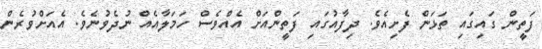
ފަތީން ގައިގައި ތަޅަން ފެށިއެވެ. ދިފާއުގައި ފަތީންއަށް އެއްވެސް ހަމަލާއެއް ނުދެވުނެވެ. އެއަށްވުރެން